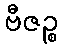
ဗီဇဉ္စ